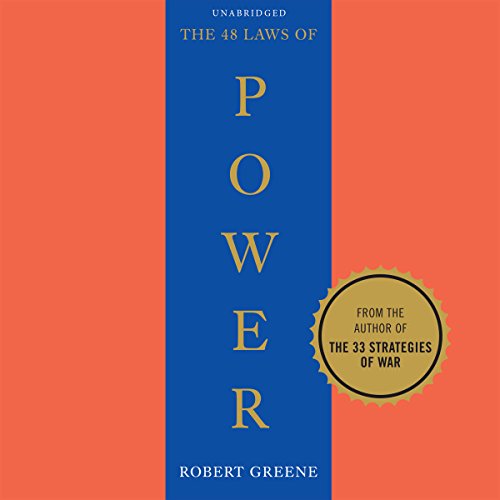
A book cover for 48 Laws of Power; Robert Greene; Health, Fitness & Dieting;